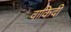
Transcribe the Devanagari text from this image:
वाकिदी